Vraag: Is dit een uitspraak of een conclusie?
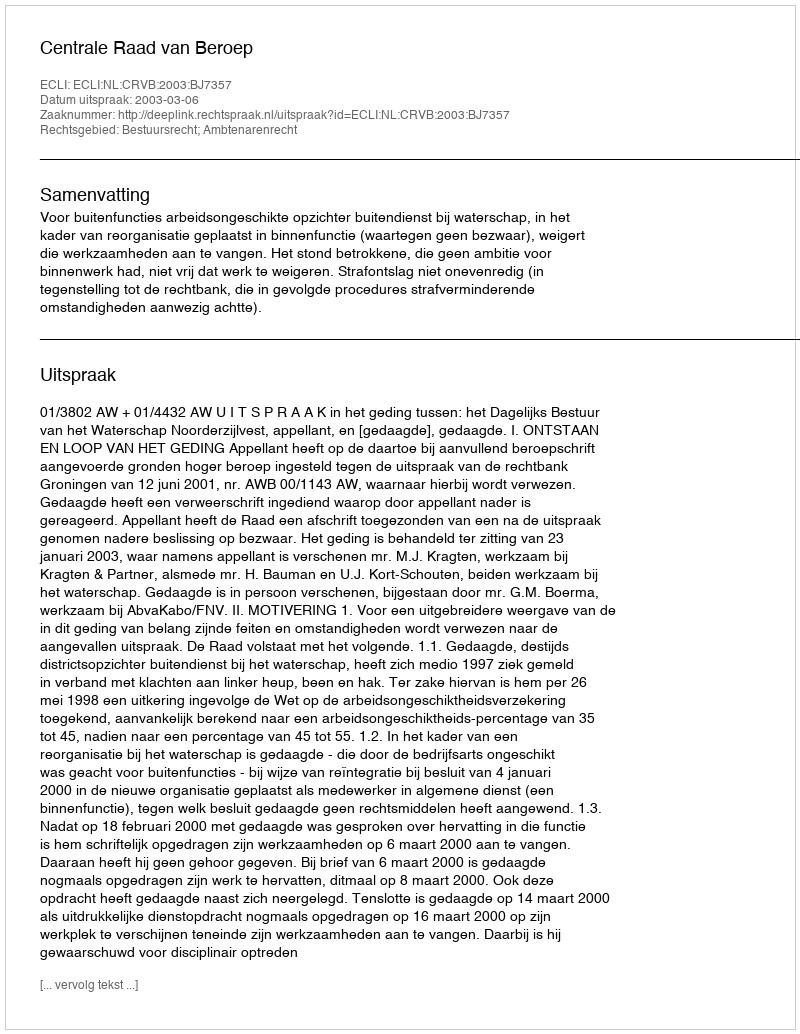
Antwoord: Uitspraak